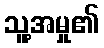
သူ့အမှု၏